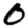
Digit: 0